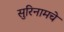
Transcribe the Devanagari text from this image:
सुरिनामचे